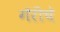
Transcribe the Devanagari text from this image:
गॅरीचे